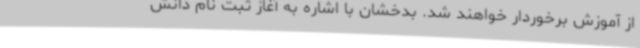
از آموزش برخوردار خواهند شد. بدخشان با اشاره به آغاز ثبت نام دانش